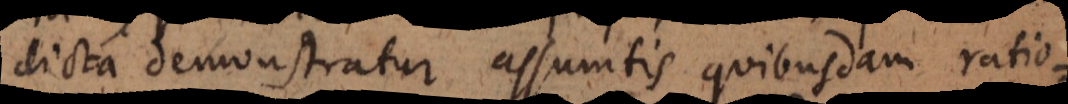
dicta demonstratur assumtis quibusdam ratio